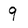
Character: 9